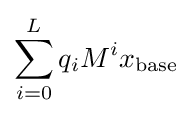
\sum _{i=0}^{L}q_{i}M^{i}x_{\mathrm {base} }